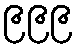
၉၉၉